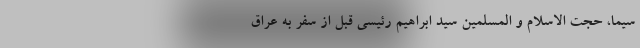
سیما، حجت الاسلام و المسلمین سید ابراهیم رئیسی قبل از سفر به عراق